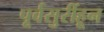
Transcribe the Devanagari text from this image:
पूर्वसुरींहून